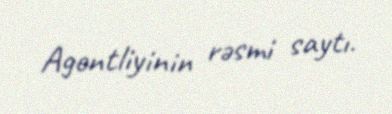
Agentliyinin rəsmi saytı.